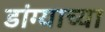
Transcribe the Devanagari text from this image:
डांग्याच्या